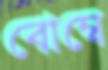
বোম্বে